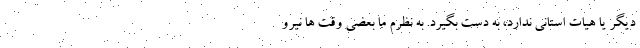
دیگر یا هیات استانی ندارد، به دست بگیرد. به نظرم ما بعضی وقت ‌ها نیرو